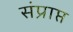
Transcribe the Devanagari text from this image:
संप्राप्त